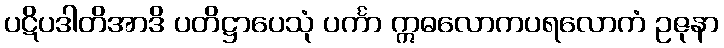
ပဋိပဒါတိအာဒိ ပတိဋ္ဌာပေသုံ ပင်္ကာ ဣဓလောကပရလောကံ ဥဇုနာ